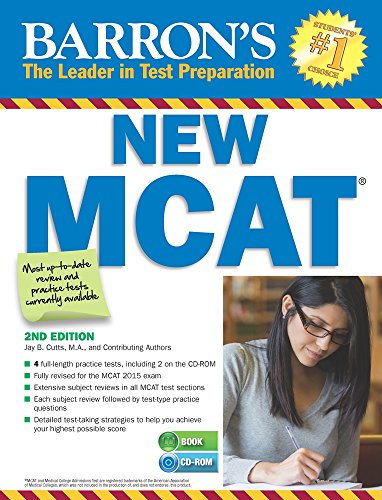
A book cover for Barron's New MCAT with CD-ROM, 2nd Edition (Barron's Mcat); Jay B. Cutts M.A.; Test Preparation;